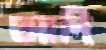
আদি